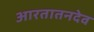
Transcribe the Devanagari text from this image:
आरतातनदेव